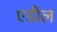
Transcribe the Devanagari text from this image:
एडील